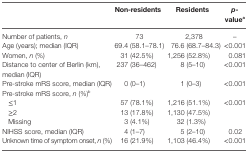
<table><thead><tr><td></td><td><b>Non-residents</b></td><td><b>Residents</b></td><td><b><i>p</i>-value<sup>a</sup></b></td></tr></thead><tbody><tr><td>Number of patients, <i>n</i></td><td>73</td><td>2,378</td><td>–</td></tr><tr><td>Age (years); median (IQR)</td><td>69.4 (58.1–78.1)</td><td>76.6 (68.7–84.3)</td><td>&lt;0.001</td></tr><tr><td>Women, <i>n</i> (%)</td><td>31 (42.5%)</td><td>1,256 (52.8%)</td><td>0.081</td></tr><tr><td>Distance to center of Berlin (km), median (IQR)</td><td>237 (36–462)</td><td>8 (5–10)</td><td>&lt;0.001</td></tr><tr><td>Pre-stroke mRS score, median (IQR)</td><td>0 (0–1)</td><td>1 (0–3)</td><td>&lt;0.001</td></tr><tr><td>Pre-stroke mRS score, <i>n</i> (%)<sup>b</sup></td><td></td><td></td><td></td></tr><tr><td>≤1</td><td>57 (78.1%)</td><td>1,216 (51.1%)</td><td rowspan="3">&lt;0.001</td></tr><tr><td>≥2</td><td>13 (17.8%)</td><td>1,130 (47.5%)</td></tr><tr><td>Missing</td><td>3 (4.1%)</td><td>32 (1.3%)</td></tr><tr><td>NIHSS score, median (IQR)</td><td>4 (1–7)</td><td>5 (2–10)</td><td>0.02</td></tr><tr><td>Unknown time of symptom onset, <i>n</i> (%)</td><td>16 (21.9%)</td><td>1,103 (46.4%)</td><td>&lt;0.001</td></tr></tbody></table>